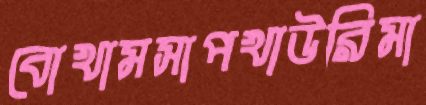
বোখামসাপখাউরিমা